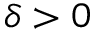
\delta > 0